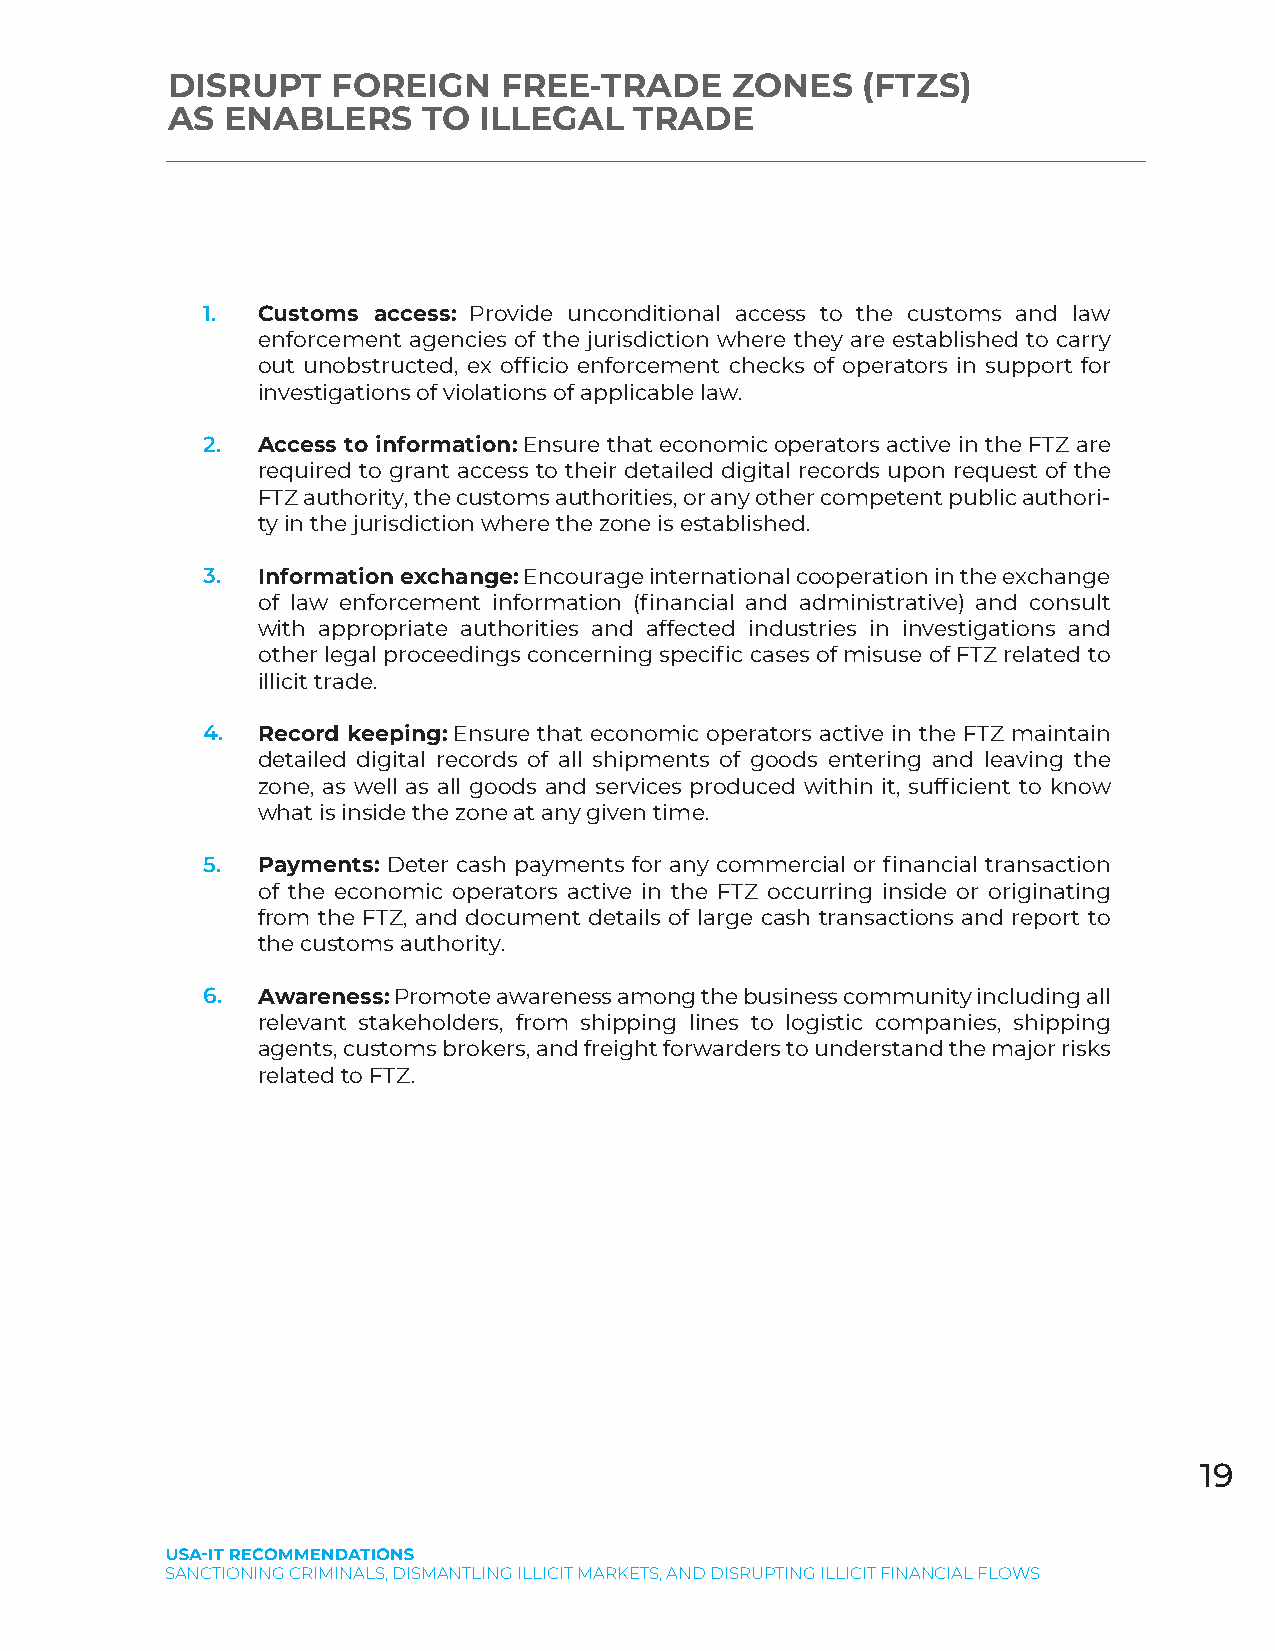
DISRUPT    FOREIGN    FREE-TRADE     ZONES    (FTZS)
 AS  ENABLERS     TO  ILLEGAL   TRADE
 1.  Customs access: Provide unconditional access to the customs and law
 enforcement agencies of the jurisdiction where they are established to carry
 out unobstructed, ex officio enforcement checks of operators in support for
 investigations of violations of applicable law.
 2.  Access to information: Ensure that economic operators active in the FTZ are
 required to grant access to their detailed digital records upon request of the
 FTZ authority, the customs authorities, or any other competent public authori-
 ty in the jurisdiction where the zone is established.
 3.  Information exchange: Encourage international cooperation in the exchange
 of law enforcement information (financial and administrative) and consult
 with appropriate authorities and affected industries in investigations and
 other legal proceedings concerning specific cases of misuse of FTZ related to
 illicit trade.
 4.  Record keeping: Ensure that economic operators active in the FTZ maintain
 detailed digital records of all shipments of goods entering and leaving the
 zone, as well as all goods and services produced within it, sufficient to know
 what is inside the zone at any given time.
 5.  Payments: Deter cash payments for any commercial or financial transaction
 of the economic operators active in the FTZ occurring inside or originating
 from the FTZ, and document details of large cash transactions and report to
 the customs authority.
 6.  Awareness: Promote awareness among the business community including all
 relevant stakeholders, from shipping lines to logistic companies, shipping
 agents, customs brokers, and freight forwarders to understand the major risks
 related to FTZ.
 19
 SANCTIONING CRIMINALS, DISMANTLING ILLICIT MARKETS, AND DISRUPTING ILLICIT FINANCIAL FLOWS